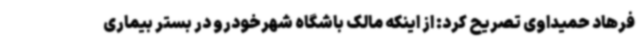
فرهاد حمیداوی تصریح کرد: از اینکه مالک باشگاه شهرخودرو در بستر بیماری